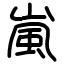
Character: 嵐